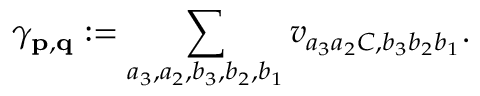
\gamma _ { \mathbf { p } , \mathbf { q } } : = \sum _ { a _ { 3 } , a _ { 2 } , b _ { 3 } , b _ { 2 } , b _ { 1 } } v _ { a _ { 3 } a _ { 2 } C , b _ { 3 } b _ { 2 } b _ { 1 } } .